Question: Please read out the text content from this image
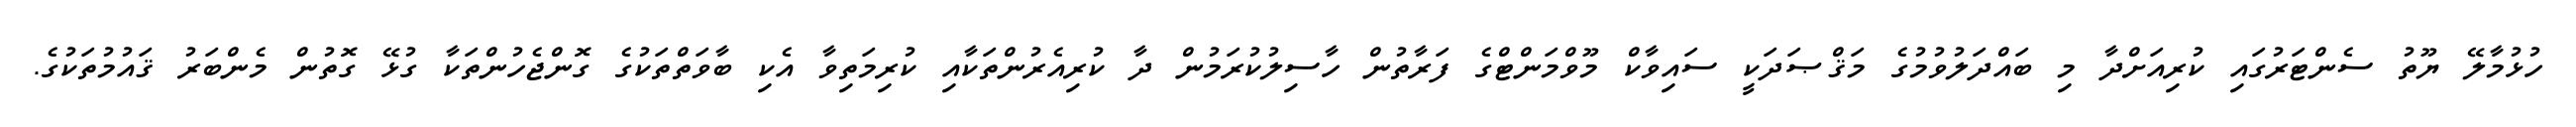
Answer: ހުޅުމާލޭ ޔޫތު ސެންޓަރުގައި ކުރިއަށްދާ މި ބައްދަލުވުމުގެ މަޤްޞަދަކީ ސައިވާކް މޫވްމަންޓްގެ ފަރާތުން ހާސިލުކުރަމުން ދާ ކުރިއެރުންތަކާއި ކުރިމަތިވާ އެކި ބާވަތްތަކުގެ ގޮންޖެހުންތަކާ ގުޅޭ ގޮތުން މެންބަރު ޤައުމުތަކުގެ.